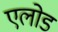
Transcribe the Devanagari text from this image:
एलोड